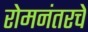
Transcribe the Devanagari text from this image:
रोमनंतरचे